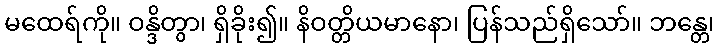
မထေရ်ကို။ ဝန္ဒိတွာ၊ ရှိခိုး၍။ နိဝတ္တိယမာနော၊ ပြန်သည်ရှိသော်။ ဘန္တေ၊